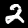
Digit: 2